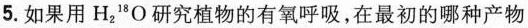
5.如果用H_{2}^{18}O研究植物的有氧呼吸，在最初的哪种产物